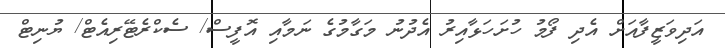
އަދިވަޒީފާއަށް އެދި ފޯމު ހުށަހަޅާއިރު އެދުނު މަގާމުގެ ނަމާއި އޮފީސް/ ސެކްރެޓޭރިއެޓް/ ޔުނިޓް